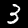
Label: 3